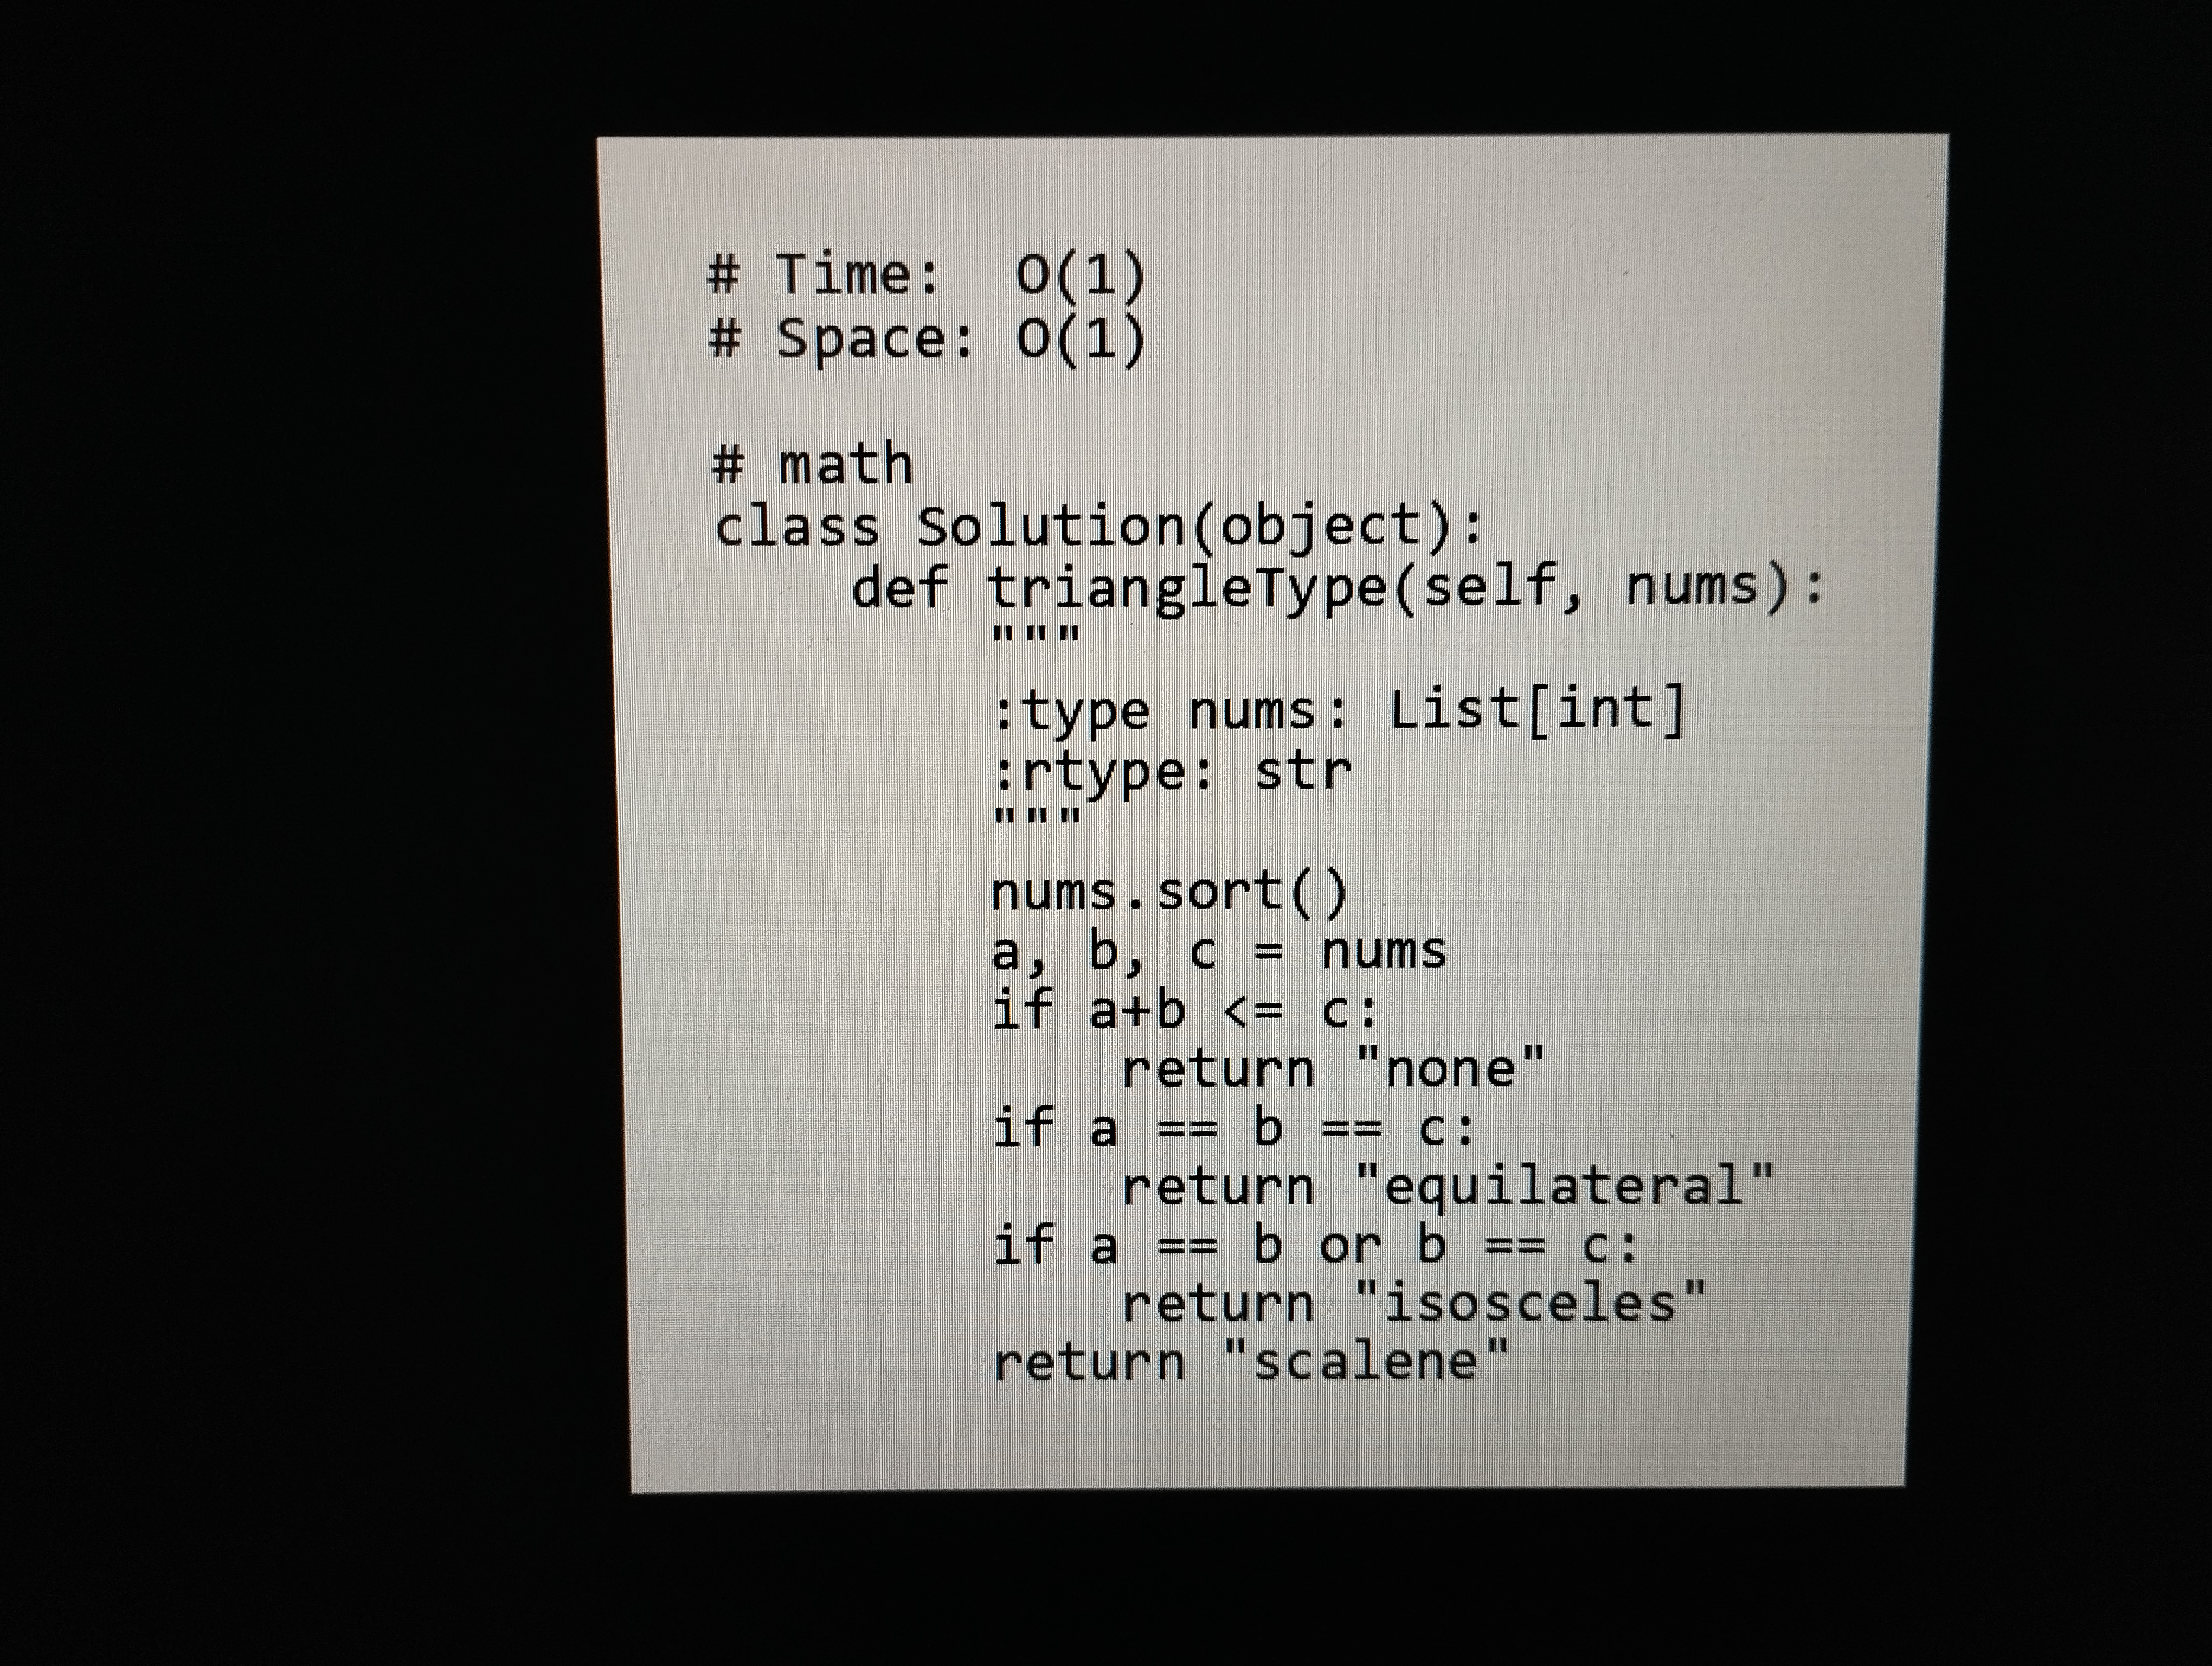
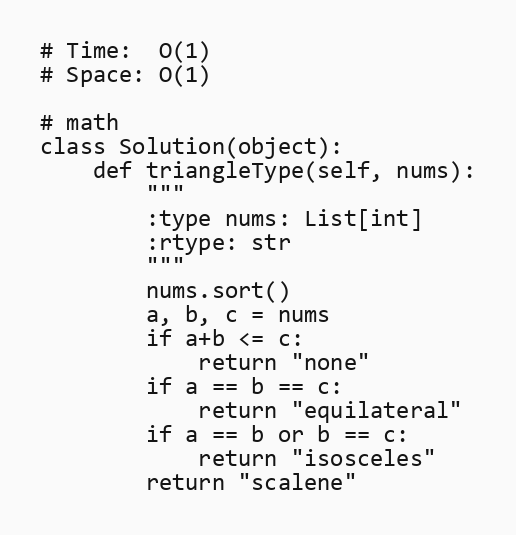
# Time:  O(1)
# Space: O(1)

# math
class Solution(object):
    def triangleType(self, nums):
        """
        :type nums: List[int]
        :rtype: str
        """
        nums.sort()
        a, b, c = nums
        if a+b <= c:
            return "none"
        if a == b == c:
            return "equilateral"
        if a == b or b == c:
            return "isosceles"
        return "scalene"